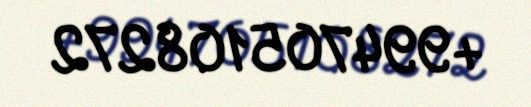
+994705108272